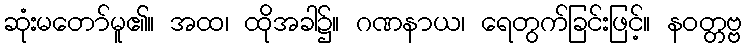
ဆုံးမတော်မူ၏။ အထ၊ ထိုအခါ၌။ ဂဏနာယ၊ ရေတွက်ခြင်းဖြင့်။ နဝတ္တဗ္ဗ